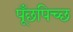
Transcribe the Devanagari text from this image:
पूँछपिच्छ